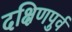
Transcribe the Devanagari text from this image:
दक्षिणपुर्व